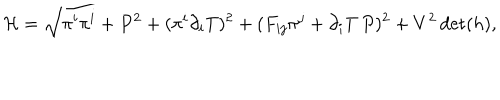
LaTeX: { \cal H } = \sqrt { \pi ^ { i } \pi ^ { i } + P ^ { 2 } + ( \pi ^ { i } \partial _ { i } T ) ^ { 2 } + ( F _ { i j } \pi ^ { j } + \partial _ { i } T \, P ) ^ { 2 } + V ^ { 2 } \det ( h ) } ,